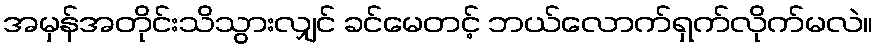
အမှန်အတိုင်းသိသွားလျှင် ခင်မေတင့် ဘယ်လောက်ရှက်လိုက်မလဲ။